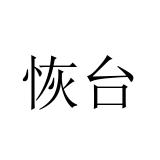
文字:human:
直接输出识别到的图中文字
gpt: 恢台